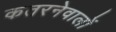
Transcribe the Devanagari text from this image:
कतरनेवालों